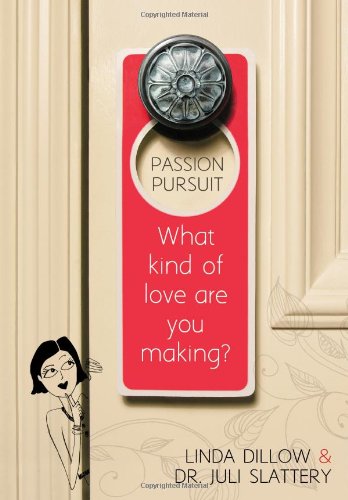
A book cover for Passion Pursuit: What Kind of Love Are You Making?; Linda Dillow; Christian Books & Bibles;